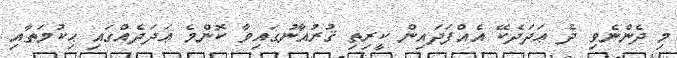
މި ދެންނެވި ދެ ޢަދަދެކޭ އެއްފަދައިން ކީރިތި ޤުރުއާނުގައިވާ ކޮންމެ ޢަދަދެއްގައި ޙިކުމަތާއި